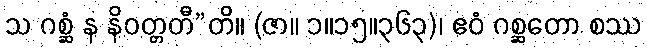
သ ဂစ္ဆံ န နိဝတ္တတီ”တိ။ (ဇာ။ ၁။၁၅။၃၆၃)၊ ဧဝံ ဂစ္ဆတော စဿ